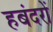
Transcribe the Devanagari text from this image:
हबंदरों